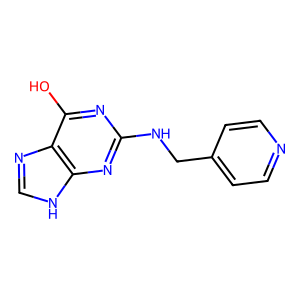
SMILES: Oc1nc(NCc2ccncc2)nc2[nH]cnc12
Inhibits HIV replication: No